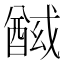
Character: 𰼍